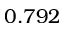
0 . 7 9 2